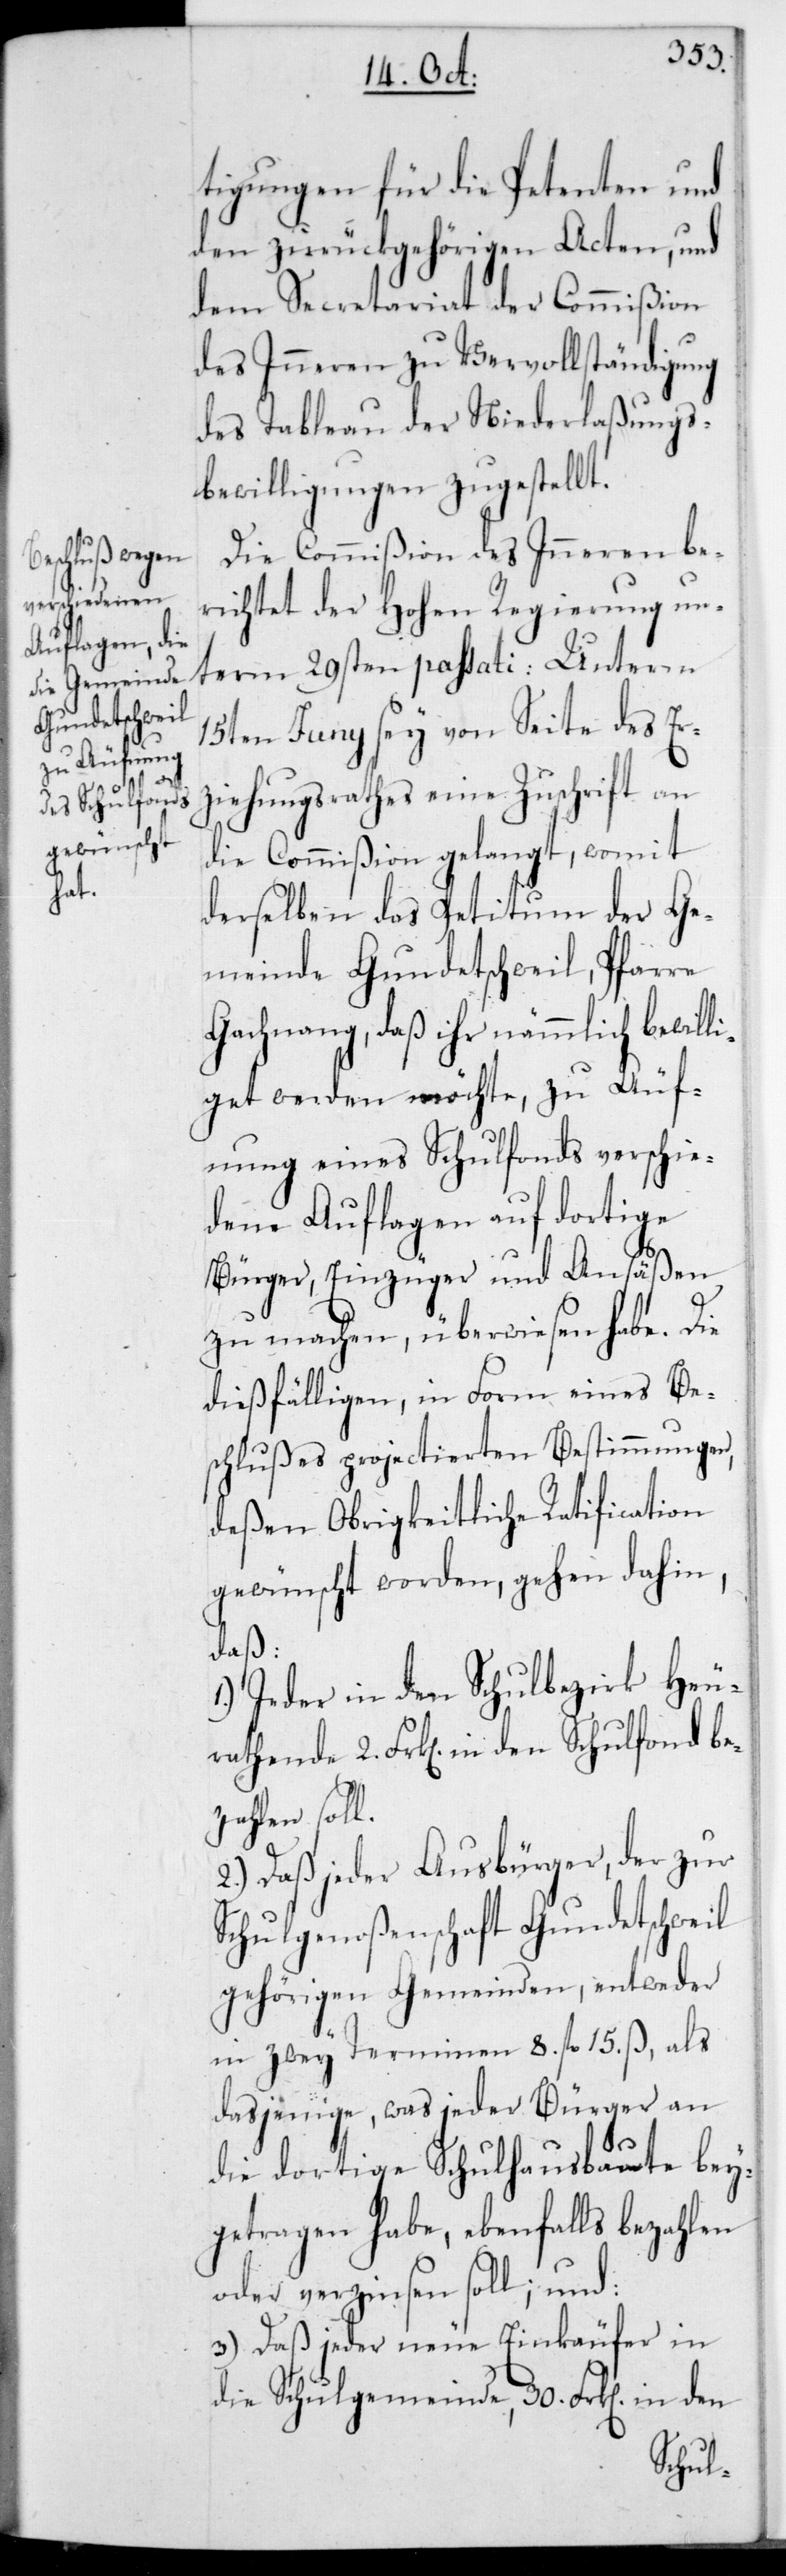
tigungen für die Petenten und
den zurückgehörigen Acten, und
dem Secretariat der Commißion
des Inneren zu Vervollständigung
des Tableau der Niederlaßungs¬
bewilligungen zugestellt.
Die Commißion des Inneren be¬
richtet der Hohen Regierung un¬
15ten Junii sey von Seite des Er¬
ziehungsrathes eine Zuschrift an
die Commißion gelangt, womit
term
derselben das Petitum der Ge¬
meinde Gundetschweil, Pfarre
Gachnang, daß ihr nämmlich bewilli¬
get werden möchte, zu Äuf¬
nung eines Schulfonds verschie¬
dene Auflagen auf dortige
Bürger, Einzüger und Ansäßen
zu machen, überwiesen habe. Die
dießfälligen, in Form eines Be¬
schlußes projectierten Bestimmungen,
deßen Obrigkeitliche Ratification
gewünscht worden, gehen dahin,
daß:
1.) Jeder in den Schulbezirk Heu¬
athende 2 Frk[en] in den Schulfonds be¬
zahlen soll.
2.) daß jeder Ausbürger, der zur
Schulgenoßenschaft Gundetschweil
gehörigen Gemeinden, entweder
in zwey Terminen 8 fl. 15 ß, als
dasjenige, was jeder Bürger an
die dortige Schulhausbaute bey¬
getragen habe, ebenfalls bezahlen
oder verzinsen soll; und
3.) daß jeder neue Einkäufer in
die Schulgemeinde, 30 Frk[en] in